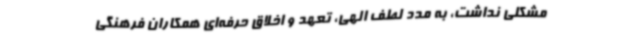
مشکلی نداشت، به مدد لطف الهی، تعهد و اخلاق حرفه‌ای همکاران فرهنگی